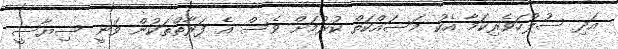
އަދި ސުލްހަވެރިކަމާ އެކު މަސައްކަތް ކުރުމަށް ވެސް އެ ފަރާތްތަކުން ވަނީ ސިޔާސީ